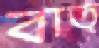
বাত্